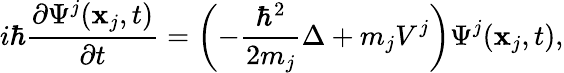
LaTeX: i\hbar\frac{\partial\Psi^{j}(\textbf{x}_{j},t)}{\partial t}=\left(-\frac{\hbar^{2}}{2m_{j}}\Delta+m_{j}V^{j}\right)\Psi^{j}(\textbf{x}_{j},t),